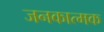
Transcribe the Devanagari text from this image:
जनकात्मक